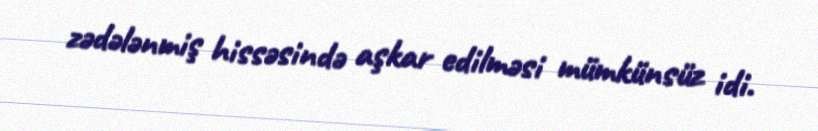
zədələnmiş hissəsində aşkar edilməsi mümkünsüz idi.